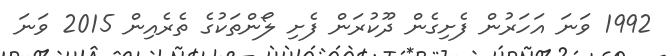
1992 ވަނަ އަހަރުން ފެށިގެން ދޫކުރަން ފެށި ލޯންތަކުގެ ތެރެއިން 2015 ވަނަ